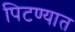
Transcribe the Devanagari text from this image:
पिटण्यात